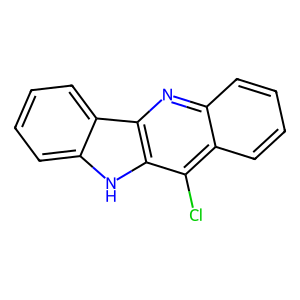
SMILES: Clc1c2ccccc2nc2c1[nH]c1ccccc12
Inhibits HIV replication: No